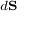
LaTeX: \scriptstyle d \mathbf { S }